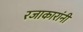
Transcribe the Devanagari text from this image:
रजाकारांनी